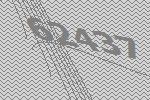
62437